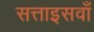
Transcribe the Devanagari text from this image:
सत्ताइसवाँ